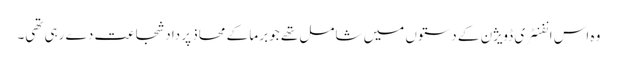
وہ اس انفنٹری ڈویژن کے دستوں میں شامل تھے جو برما کے محاذ پر داد شجاعت دے رہی تھی۔